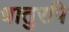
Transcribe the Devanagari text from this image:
धातुरपि